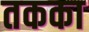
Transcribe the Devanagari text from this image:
तकका